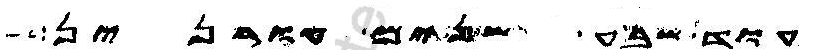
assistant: עוד שבע שנים עורנין